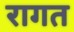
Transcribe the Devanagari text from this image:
रागत